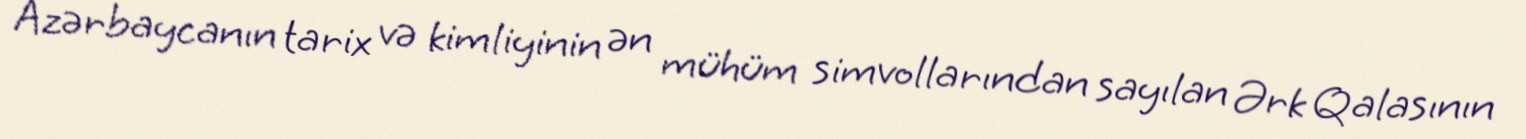
Azərbaycanın tarix və kimliyinin ən mühüm simvollarından sayılan Ərk Qalasının